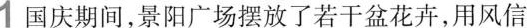
1 国庆期间，景阳广场摆放了若干盆花卉，用风信